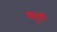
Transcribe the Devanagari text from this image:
स्मुडा